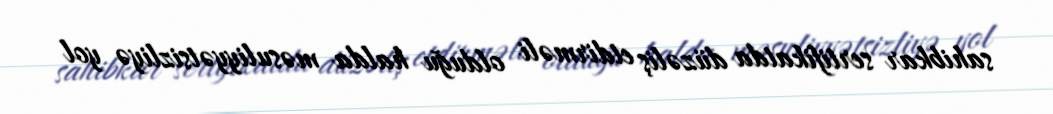
sahibkar sertifikatda düzəliş etdirməli olduğu halda məsuliyyətsizliyə yol